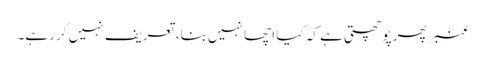
عنبر پھر پوچھتی ہے کہ کیا اچھا نہیں بنا، تعریف نہیں کر رہے۔